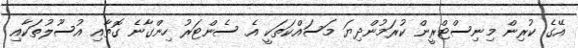
އޭގެ ކުރިން މިނިސްޓްރީން ކުރަމުންދިޔަ މަސައްކަތަކީ އެ ސެންޓަރު ހިންގާނެ ގޮތާއި އުސޫލުތަކާއި